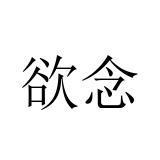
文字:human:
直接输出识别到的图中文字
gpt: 欲念